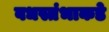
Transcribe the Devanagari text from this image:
वधस्तंभाकडे